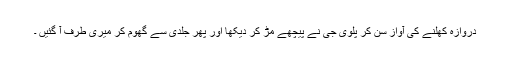
دروازہ کھلنے کی آواز سن کر پلوی جی نے پیچھے مُڑ کر دیکھا اور پھر جلدی سے گھوم کر میری طرف آ گئیں ۔